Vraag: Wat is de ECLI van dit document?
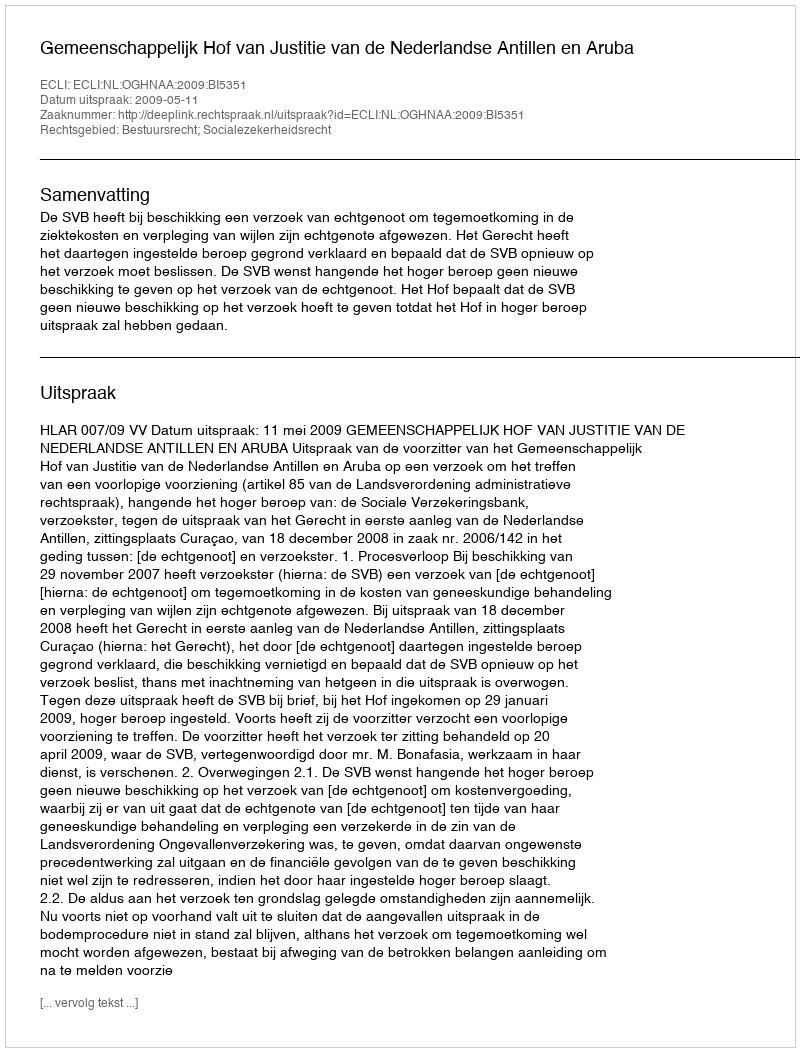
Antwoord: ECLI:NL:OGHNAA:2009:BI5351